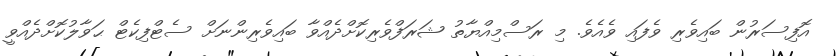
އޮފިސަރުން ބައިވެރި ވެފައި ވެއެވެ. މި ރަސްމިއްޔާތު ޝަރަފްވެރިކޮށްދެއްވާ ބައިވެރިންނަށް ސެޓްފިކެޓް ޙަވާލުކޮށްދެއްވީ